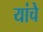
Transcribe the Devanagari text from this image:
यांचेेेे